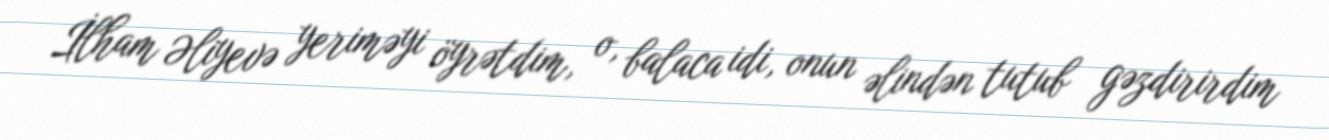
İlham Əliyevə yeriməyi öyrətdim, o, balaca idi, onun əlindən tutub gəzdirirdim